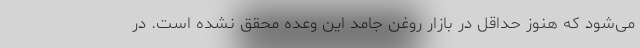
می‌شود که هنوز حداقل در بازار روغن جامد این وعده محقق نشده است. در